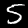
Label: 5